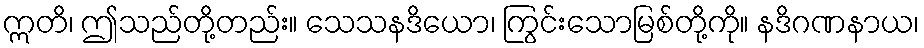
ဣတိ၊ ဤသည်တို့တည်း။ သေသနဒိယော၊ ကြွင်းသောမြစ်တို့ကို။ နဒိဂဏနာယ၊